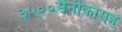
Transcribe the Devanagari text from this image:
३५००सैनीकासह